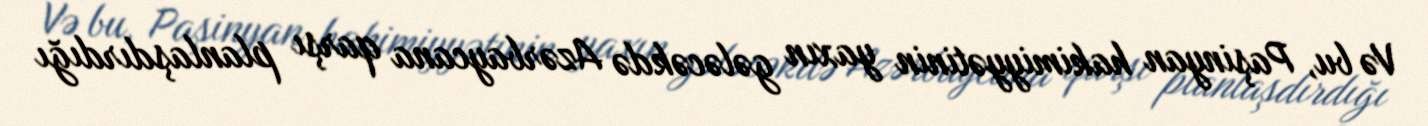
Və bu, Paşinyan hakimiyyətinin yaxın gələcəkdə Azərbaycana qarşı planlaşdırdığı